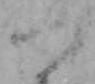
つ